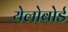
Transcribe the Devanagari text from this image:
येलोबोर्ड